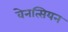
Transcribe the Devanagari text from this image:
वेनत्सियन